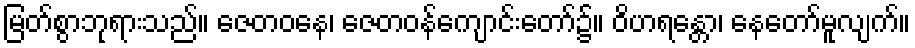
မြတ်စွာဘုရားသည်။ ဇေတဝနေ၊ ဇေတဝန်ကျောင်းတော်၌။ ဝိဟရန္တော၊ နေတော်မူလျက်။